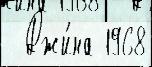
  Джи́на 1968